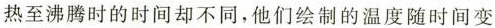
热至沸腾时的时间却不同，他们绘制的温度随时间变